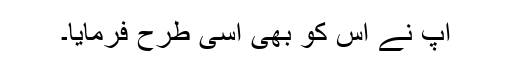
آپ نے اس کو بھی اسی طرح فرمایا۔